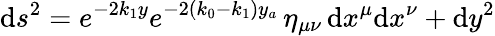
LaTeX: \mathrm{d}s^{2}=e^{-2k_{1}y}e^{-2(k_{0}-k_{1})y_{a}}\, \eta_{\mu\nu}\, \mathrm{d}x^{\mu}\mathrm{d}x^{\nu}+\mathrm{d}y^{2}